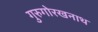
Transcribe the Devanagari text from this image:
गुरुगोरखनाथ